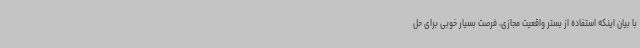
با بیان اینکه استفاده از بستر واقعیت مجازی، فرصت بسیار خوبی برای حل